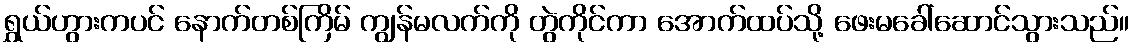
ရွှယ်ဟွားကပင် နောက်တစ်ကြိမ် ကျွန်မလက်ကို တွဲကိုင်ကာ အောက်ထပ်သို့ ဖေးမခေါ်ဆောင်သွားသည်။